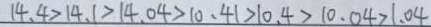
1 4 . 4 > 1 4 . 1 > 1 4 . 0 4 > 1 0 . 4 1 > 1 4 . 0 4 > 1 0 . 4 1 > 1 0 . 4 > 1 0 . 4 > 1 0 . 4 > 1 0 . 0 4 > 1 0 . 4 > 1 . 0 4